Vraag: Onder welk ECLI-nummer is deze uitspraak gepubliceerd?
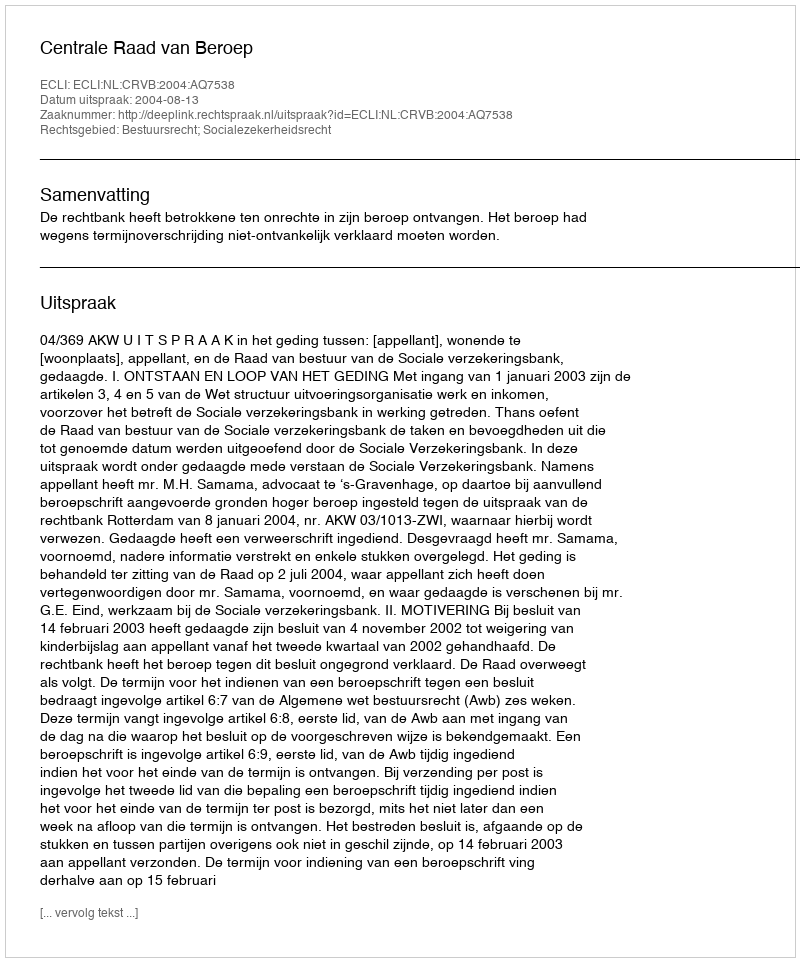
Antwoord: ECLI:NL:CRVB:2004:AQ7538